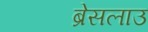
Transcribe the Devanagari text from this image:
ब्रेसलाउ